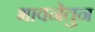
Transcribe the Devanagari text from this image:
भावनेतुन